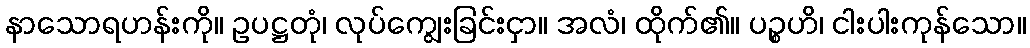
နာသောရဟန်းကို။ ဥပဋ္ဌတုံ၊ လုပ်ကျွေးခြင်းငှာ။ အလံ၊ ထိုက်၏။ ပဉ္စဟိ၊ ငါးပါးကုန်သော။